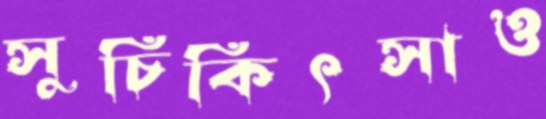
সুচিকিৎসাও